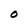
Character: O